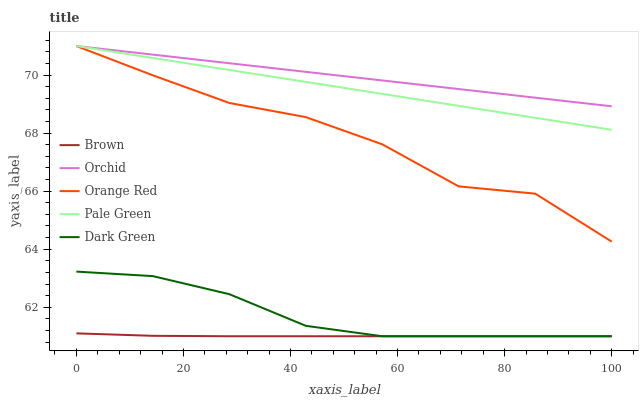
| xaxis_label | Brown | Orchid | Orange Red | Pale Green | Dark Green |
 | --- | --- | --- | --- | --- | --- |
 | 0 | 61.1 | 71 | 71 | 71 | 63.2 |
 | 14.3 | 61 | 70.7 | 70 | 70.6 | 63.1 |
 | 28.6 | 61 | 70.4 | 69 | 70.2 | 62.4 |
 | 42.9 | 61 | 70.1 | 68.6 | 69.8 | 61.4 |
 | 57.1 | 61 | 69.8 | 67.6 | 69.4 | 61 |
 | 71.4 | 61 | 69.5 | 66.2 | 68.9 | 61 |
 | 85.7 | 61 | 69.2 | 65.9 | 68.5 | 61 |
 | 100 | 61 | 68.9 | 64.3 | 68.1 | 61 |